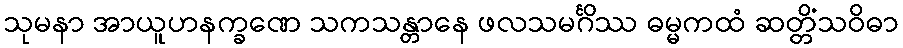
သုမနာ အာယူဟနက္ခဏေ သကသန္တာနေ ဖလသမင်္ဂိဿ ဓမ္မကထံ ဆတ္တိံသဝိဓာ